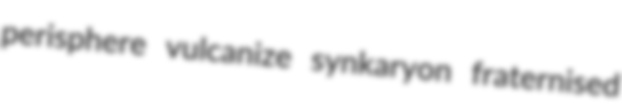
perisphere vulcanize synkaryon fraternised